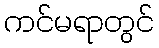
ကင်မရာတွင်